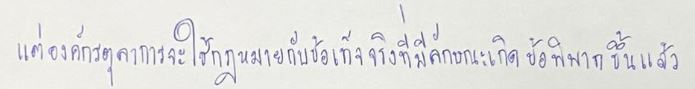
แต่องค์กรตุลาการจะใช้กฎหมายกับข้อเท็จจริงที่มีลักษณะเกิดข้อพิพาทขึ้นแล้ว